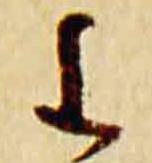
重